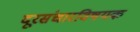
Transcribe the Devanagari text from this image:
दूरसंचारविषयक